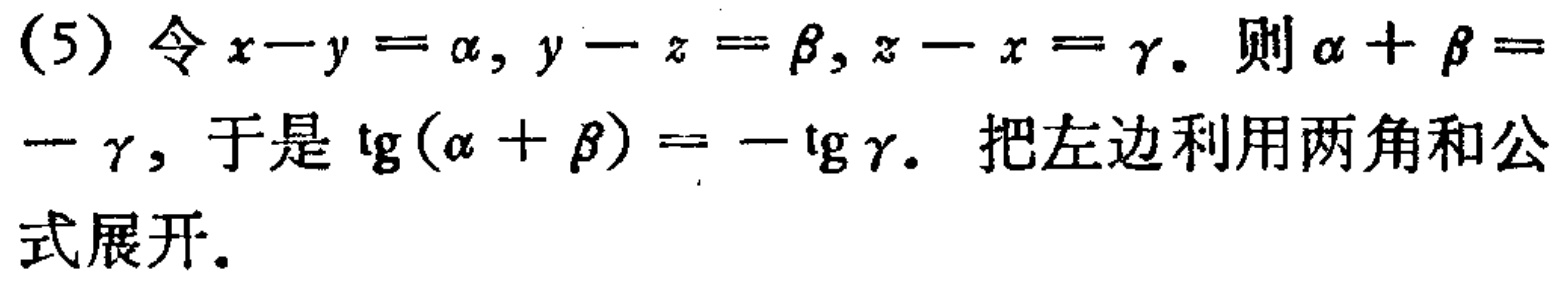
(5) 令\(x - y = \alpha,y - z = \beta,z - x = \gamma\). 则\(\alpha+\beta = -\gamma\), 于是\(\mathrm{tg}(\alpha + \beta)=-\mathrm{tg}\gamma\). 把左边利用两角和公式展开.